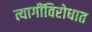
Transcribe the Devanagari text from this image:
त्यागींविरोधात